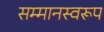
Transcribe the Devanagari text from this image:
सम्‍मानस्‍वरूप